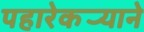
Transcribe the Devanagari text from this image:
पहारेकर्‍याने